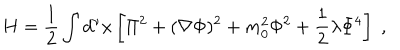
H = \frac { 1 } { 2 } \int d ^ { \nu } x \left[ \Pi ^ { 2 } + ( \nabla \Phi ) ^ { 2 } + m _ { 0 } ^ { 2 } \Phi ^ { 2 } + \frac { 1 } { 2 } \lambda \Phi ^ { 4 } \right] \; ,